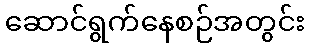
ဆောင်ရွက်နေစဉ်အတွင်း